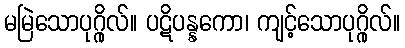
မမြဲသောပုဂ္ဂိုလ်။ ပဋိပန္နကော၊ ကျင့်သောပုဂ္ဂိုလ်။